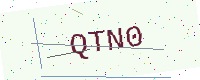
Text: QTN0